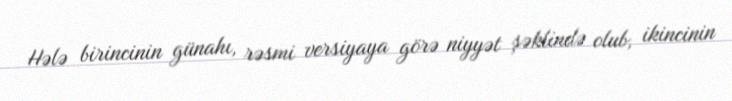
Hələ birincinin günahı, rəsmi versiyaya görə niyyət şəklində olub, ikincinin